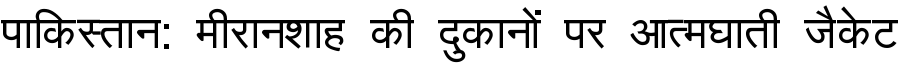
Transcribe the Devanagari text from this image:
पाकिस्तान: मीरानशाह की दुकानों पर आत्मघाती जैकेट